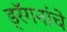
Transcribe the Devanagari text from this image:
ड्रॅगनांचे